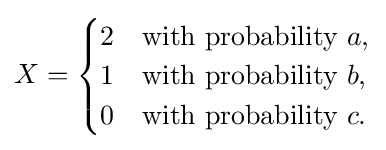
X={\begin{cases}2&{\text{with probability }}a,\\1&{\text{with probability }}b,\\0&{\text{with probability }}c.\end{cases}}